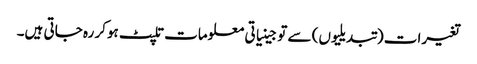
تغیرات (تبدیلیوں) سے تو جینیاتی معلومات تلپٹ ہوکر رہ جاتی ہیں۔